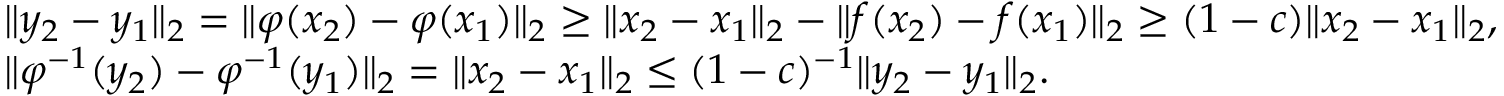
\begin{array} { r l } & { \| y _ { 2 } - y _ { 1 } \| _ { 2 } = \| \varphi ( x _ { 2 } ) - \varphi ( x _ { 1 } ) \| _ { 2 } \geq \| x _ { 2 } - x _ { 1 } \| _ { 2 } - \| f ( x _ { 2 } ) - f ( x _ { 1 } ) \| _ { 2 } \geq ( 1 - c ) \| x _ { 2 } - x _ { 1 } \| _ { 2 } , } \\ & { \| \varphi ^ { - 1 } ( y _ { 2 } ) - \varphi ^ { - 1 } ( y _ { 1 } ) \| _ { 2 } = \| x _ { 2 } - x _ { 1 } \| _ { 2 } \leq ( 1 - c ) ^ { - 1 } \| y _ { 2 } - y _ { 1 } \| _ { 2 } . } \end{array}